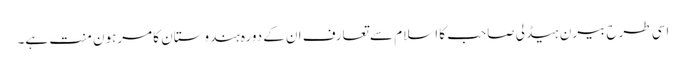
اسی طرح بیرن ہیڈلی صاحب کا اسلام سے تعارف ان کے دورہ ہندوستان کا مرہون منت ہے۔